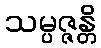
သမ္ပဇ္ဇန္တိ